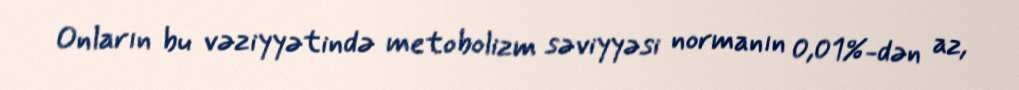
Onların bu vəziyyətində metobolizm səviyyəsi normanın 0,01%-dən az,